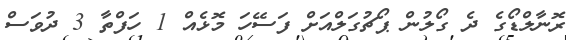
ރޮނާލްޑޯގެ ދެ ގޯލުން ޕޯޗުގަލްއަށް ފަސޭހަ މޮޅެއް 1 ހަފްތާ 3 ދުވަސް